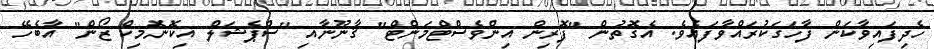
ހެދިފައިވާކަން ފާހަގަކުރައްވާފައެވެ. އެގޮތުން "ފޮރިން އިންވެސްޓްމަންޓް" ޤާނޫނާއި "ސްޕެޝަލް އިކޮނޮމިކް ޒޯން" އާބެހޭ